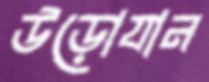
উড়োযান